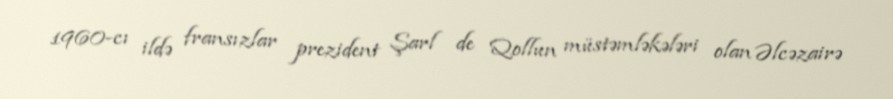
1960-cı ildə fransızlar prezident Şarl de Qollun müstəmləkələri olan Əlcəzairə